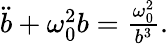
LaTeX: \begin{array}{r}{\ddot{b}+\omega_{0}^{2}b=\frac{\omega_{0}^{2}}{b^{3}}.}\end{array}